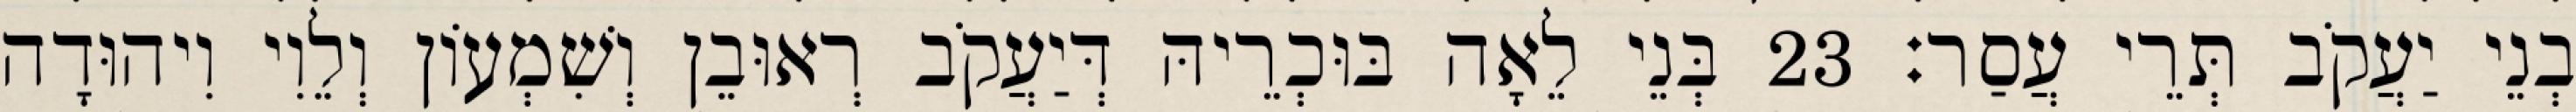
בְנֵי יַעֲקֹב תְּרֵי עֲסַר׃ 23 בְּנֵי לֵאָה בּוּכְרֵיהּ דְּיַעֲקֹב רְאוּבֵן וְשִׁמְעוֹן וְלֵוִי וִיהוּדָה